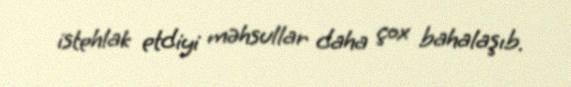
istehlak etdiyi məhsullar daha çox bahalaşıb.